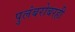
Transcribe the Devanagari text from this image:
पुलंबरोबरही